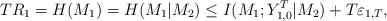
LaTeX: \begin{align*} T R_1 = H(M_1) = H(M_1|M_2) \leq I(M_1; Y_{1, 0}^T|M_2) + T \varepsilon_{1, T},\end{align*}